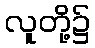
လူတို့၌